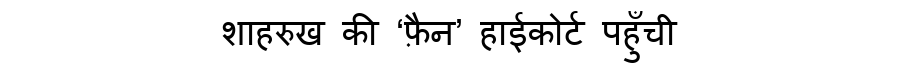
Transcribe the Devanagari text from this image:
शाहरुख की ‘फ़ैन’ हाईकोर्ट पहुँची